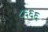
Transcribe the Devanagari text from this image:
८६६६